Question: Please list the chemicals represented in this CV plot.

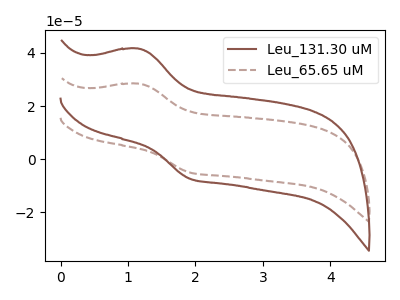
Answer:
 <answer>The brown curve is labeled "Leu_131.30 uM". The brown dashed curve is labeled "Leu_65.65 uM".</answer>
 <eval></eval>